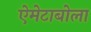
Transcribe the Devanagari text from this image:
ऐमेटाबोला